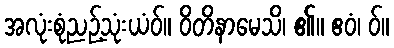
အလုံးစုံညဉ့်သုံးယံဝ်။ ဝိတိနာမေသိ၊ ၏။ ဧဝံ၊ ဝ်။